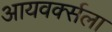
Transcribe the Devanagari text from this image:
आयवर्क्सला